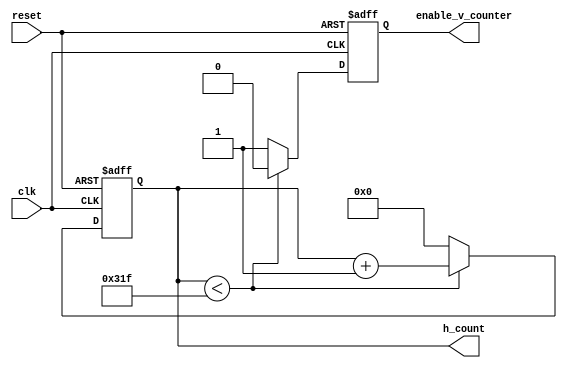
`timescale 1ns / 1ps
//////////////////////////////////////////////////////////////////////////////////
// Company: 
// Engineer: 
// 
// Design Name: 
// Module Name:    horizontal_counter 
// Project Name: 
// Target Devices: 
// Tool versions: 
// Description: 
//
// Dependencies: 
//
// Revision: 
// Revision 0.01 - File Created
// Additional Comments: 
//
//////////////////////////////////////////////////////////////////////////////////
module horizontal_counter( reset, clk, enable_v_counter, h_count );
    input            reset, clk;                     // pixel clock: 25MHz
    output reg       enable_v_counter;
    output reg [9:0] h_count;                        // default value [15:0]
     
    initial begin
        enable_v_counter <= 1'b0;
        h_count          <= 10'd0;
    end

    always @ (posedge clk or posedge reset) begin
        if( reset ) begin
            h_count <= 10'd0;
            enable_v_counter <= 1'b0;
	    end      
        else if (h_count < 10'd799) begin 
            h_count          <= h_count + 1'b1;
            enable_v_counter <= 1'b0;               // disable vertical counter 
        end
        else begin
            h_count          <= 1'b0;               // reset horizontal counter
            enable_v_counter <= 1'b1;               // trigger vertical counter
        end
    end
endmodule